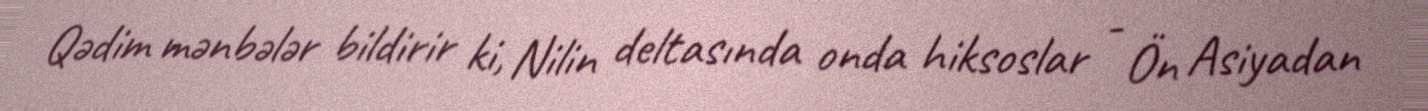
Qədim mənbələr bildirir ki, Nilin deltasında onda hiksoslar - Ön Asiyadan